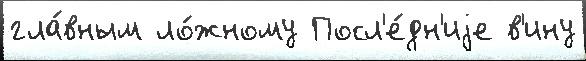
гла́вным ло́жному Посл'е́дн'иjе в'ину